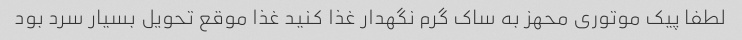
لطفا پیک موتوری محهز به ساک گرم نگهدار غذا کنید غذا موقع تحویل بسیار سرد بود